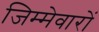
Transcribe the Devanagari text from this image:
जिम्मेवारों